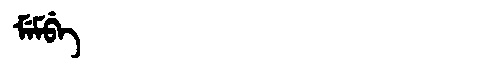
Manchu: ᠮᡝᠮᠪᡝ
Romanization: MEMBE